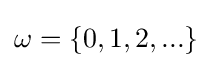
\omega =\{0,1,2,...\}